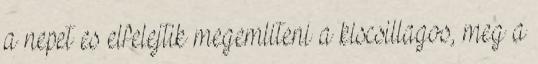
a nepet es elfelejtik megemliteni a kiscsillagos, meg a